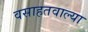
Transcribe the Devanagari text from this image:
वसाहतवाल्या